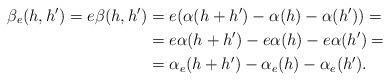
LaTeX: \begin{align*}\beta_{e}(h,h')=e\beta(h,h')&=e(\alpha(h+h')-\alpha(h)-\alpha(h'))=\\&=e\alpha(h+h')-e\alpha(h)-e\alpha(h')=\\&=\alpha_{e}(h+h')-\alpha_{e}(h)-\alpha_{e}(h'). \end{align*}